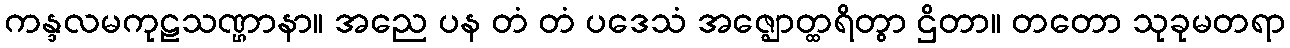
ကန္ဒလမကုဠသဏ္ဌာနာ။ အညေ ပန တံ တံ ပဒေသံ အဇ္ဈောတ္ထရိတွာ ဌိတာ။ တတော သုခုမတရာ